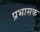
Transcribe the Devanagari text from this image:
प्रभासक